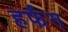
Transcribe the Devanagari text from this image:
हर्फंग